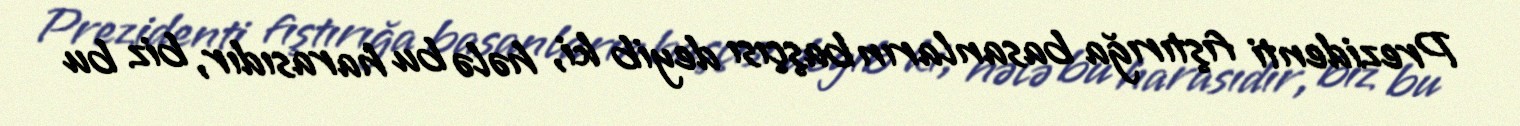
Prezidenti fıştırığa basanların başçısı deyib ki, hələ bu harasıdır, biz bu